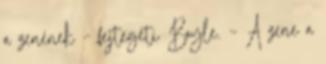
a zenének – fejtegeti Boyle. – A zene a